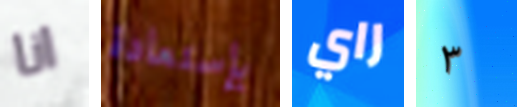
انا بإستعادة راي ٣